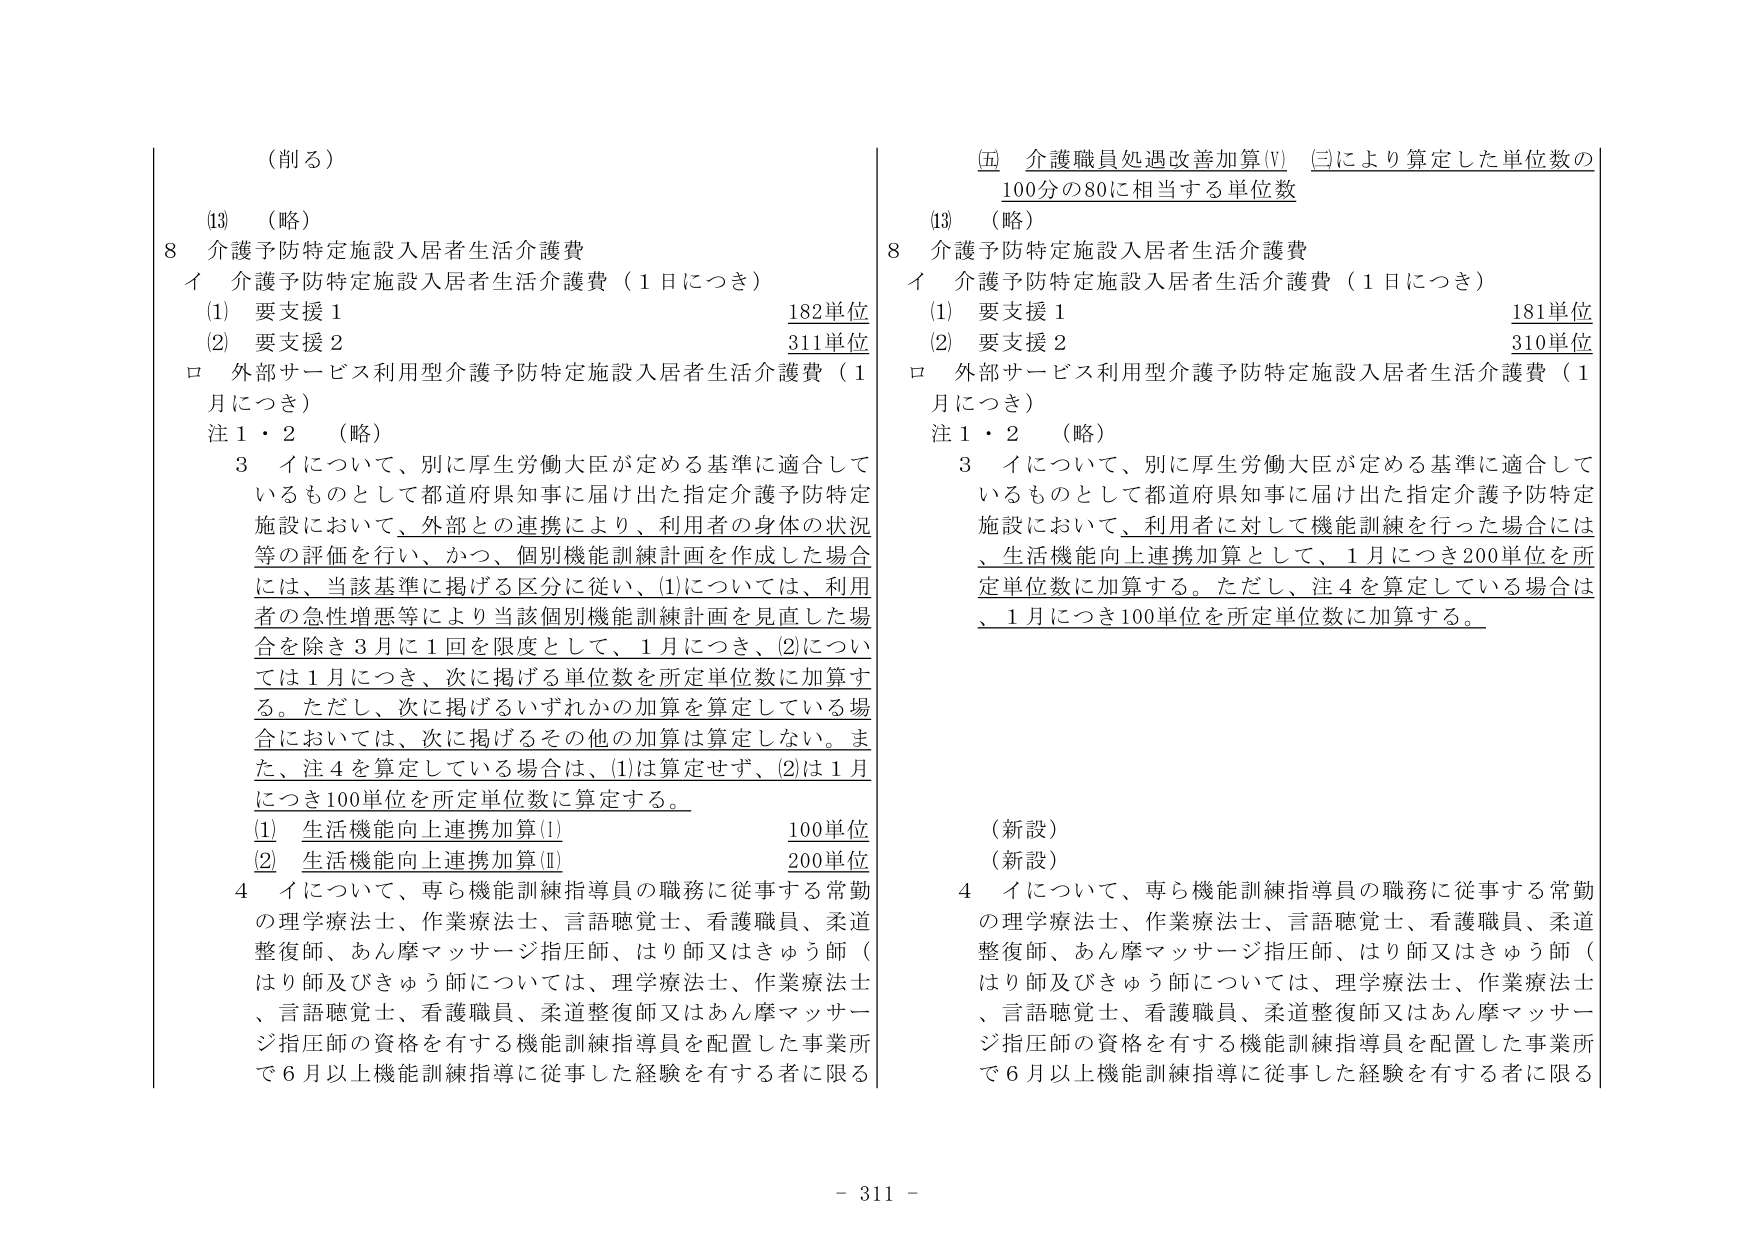
（削る）

(13) （略）

8 介護予防特定施設入居者生活介護費

イ 介護予防特定施設入居者生活介護費（1日につき）

(1) 要支援1 182単位

(2) 要支援2 311単位

ロ 外部サービス利用型介護予防特定施設入居者生活介護費（1月につき）

注1・2 （略）

3 イについて、別に厚生労働大臣が定める基準に適合しているものとして都道府県知事に届け出た指定介護予防特定施設において、外部との連携により、利用者の身体の状況等の評価を行い、かつ、個別機能訓練計画を作成した場合には、当該基準に掲げる区分に従い、(1)については、利用者の急性増悪等により当該個別機能訓練計画を見直した場合を除き3月に1回を限度として、1月につき、(2)については1月につき、次に掲げる単位数を所定単位数に加算する。ただし、次に掲げるいずれかの加算を算定している場合においては、次に掲げるその他の加算は算定しない。また、注4を算定している場合は、(1)は算定せず、(2)は1月につき100単位を所定単位数に算定する。

(1) 生活機能向上連携加算(Ⅰ) 100単位

(2) 生活機能向上連携加算(Ⅱ) 200単位

4 イについて、専ら機能訓練指導員の職務に従事する常勤の理学療法士、作業療法士、言語聴覚士、看護職員、柔道整復師、あん摩マッサージ指圧師、はり師又はきゅう師（はり師及びきゅう師については、理学療法士、作業療法士、言語聴覚士、看護職員、柔道整復師又はあん摩マッサージ指圧師の資格を有する機能訓練指導員を配置した事業所で6月以上機能訓練指導に従事した経験を有する者に限る

（五 介護職員処遇改善加算(Ⅴ) （三により算定した単位数の100分の80に相当する単位数

(13) （略）

8 介護予防特定施設入居者生活介護費

イ 介護予防特定施設入居者生活介護費（1日につき）

(1) 要支援1 181単位

(2) 要支援2 310単位

ロ 外部サービス利用型介護予防特定施設入居者生活介護費（1月につき）

注1・2 （略）

3 イについて、別に厚生労働大臣が定める基準に適合しているものとして都道府県知事に届け出た指定介護予防特定施設において、利用者に対して機能訓練を行った場合には、生活機能向上連携加算として、1月につき200単位を所定単位数に加算する。ただし、注4を算定している場合は、1月につき100単位を所定単位数に加算する。

（新設）

（新設）

4 イについて、専ら機能訓練指導員の職務に従事する常勤の理学療法士、作業療法士、言語聴覚士、看護職員、柔道整復師、あん摩マッサージ指圧師、はり師又はきゅう師（はり師及びきゅう師については、理学療法士、作業療法士、言語聴覚士、看護職員、柔道整復師又はあん摩マッサージ指圧師の資格を有する機能訓練指導員を配置した事業所で6月以上機能訓練指導に従事した経験を有する者に限る

- 311 -